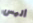
أليس